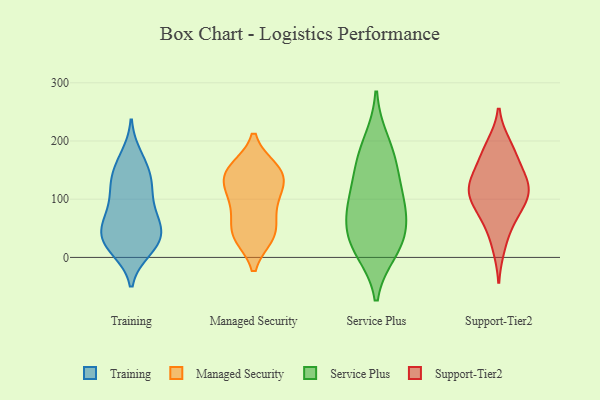
{"axis": {"x": "Energy Usage (MWh)", "y": "Value"}, "legend": ["Managed Security", "Service Plus", "Support-Tier2", "Training"], "data": [{"x": "", "y": 134, "type": "Training"}, {"x": "", "y": 128, "type": "Training"}, {"x": "", "y": 84, "type": "Training"}, {"x": "", "y": 21, "type": "Training"}, {"x": "", "y": 87, "type": "Training"}, {"x": "", "y": 149, "type": "Training"}, {"x": "", "y": 43, "type": "Training"}, {"x": "", "y": 41, "type": "Training"}, {"x": "", "y": 12, "type": "Training"}, {"x": "", "y": 80, "type": "Training"}, {"x": "", "y": 47, "type": "Training"}, {"x": "", "y": 175, "type": "Training"}, {"x": "", "y": 15, "type": "Training"}, {"x": "", "y": 36, "type": "Training"}, {"x": "", "y": 118, "type": "Training"}, {"x": "", "y": 16, "type": "Training"}, {"x": "", "y": 125, "type": "Training"}, {"x": "", "y": 53, "type": "Training"}, {"x": "", "y": 167, "type": "Training"}, {"x": "", "y": 57, "type": "Training"}, {"x": "", "y": 124, "type": "Managed Security"}, {"x": "", "y": 36, "type": "Managed Security"}, {"x": "", "y": 153, "type": "Managed Security"}, {"x": "", "y": 151, "type": "Managed Security"}, {"x": "", "y": 85, "type": "Managed Security"}, {"x": "", "y": 36, "type": "Managed Security"}, {"x": "", "y": 38, "type": "Managed Security"}, {"x": "", "y": 86, "type": "Managed Security"}, {"x": "", "y": 152, "type": "Managed Security"}, {"x": "", "y": 47, "type": "Managed Security"}, {"x": "", "y": 136, "type": "Managed Security"}, {"x": "", "y": 134, "type": "Managed Security"}, {"x": "", "y": 106, "type": "Managed Security"}, {"x": "", "y": 102, "type": "Service Plus"}, {"x": "", "y": 158, "type": "Service Plus"}, {"x": "", "y": 199, "type": "Service Plus"}, {"x": "", "y": 91, "type": "Service Plus"}, {"x": "", "y": 88, "type": "Service Plus"}, {"x": "", "y": 37, "type": "Service Plus"}, {"x": "", "y": 159, "type": "Service Plus"}, {"x": "", "y": 12, "type": "Service Plus"}, {"x": "", "y": 49, "type": "Service Plus"}, {"x": "", "y": 18, "type": "Service Plus"}, {"x": "", "y": 161, "type": "Support-Tier2"}, {"x": "", "y": 189, "type": "Support-Tier2"}, {"x": "", "y": 120, "type": "Support-Tier2"}, {"x": "", "y": 112, "type": "Support-Tier2"}, {"x": "", "y": 87, "type": "Support-Tier2"}, {"x": "", "y": 18, "type": "Support-Tier2"}, {"x": "", "y": 71, "type": "Support-Tier2"}, {"x": "", "y": 102, "type": "Support-Tier2"}, {"x": "", "y": 160, "type": "Support-Tier2"}, {"x": "", "y": 131, "type": "Support-Tier2"}, {"x": "", "y": 115, "type": "Support-Tier2"}, {"x": "", "y": 124, "type": "Support-Tier2"}, {"x": "", "y": 59, "type": "Support-Tier2"}, {"x": "", "y": 194, "type": "Support-Tier2"}]}